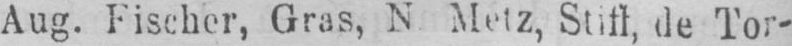
Aug. Fischer, Gras, N Metz, Stiff, de Tor-